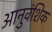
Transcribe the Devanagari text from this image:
आनुवंशिक